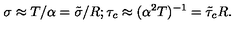
\sigma \approx T / \alpha = \tilde { \sigma } / R ; \tau _ { c } \approx ( \alpha ^ { 2 } T ) ^ { - 1 } = \tilde { \tau } _ { c } R .